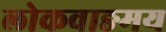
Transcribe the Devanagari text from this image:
लोकवाङमय